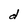
Character: d